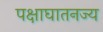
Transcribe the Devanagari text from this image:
पक्षाघातनज्य